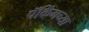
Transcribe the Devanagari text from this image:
पॅकिंगच्या